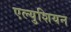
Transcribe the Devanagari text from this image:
एल्युशियन